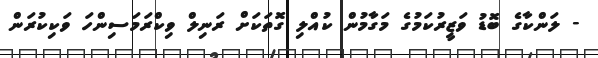
- ލަންކާގެ ބޮޑު ވަޒީރުކަމުގެ މަގާމުން ކުއްލި ގޮތަކަށް ރަނިލް ވިކްރަމަސިންހަ ވަކިކުރަން